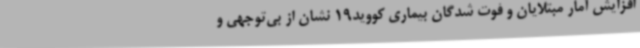
افزایش آمار مبتلایان و فوت شدگان بیماری کووید19 نشان از بی‌توجهی و